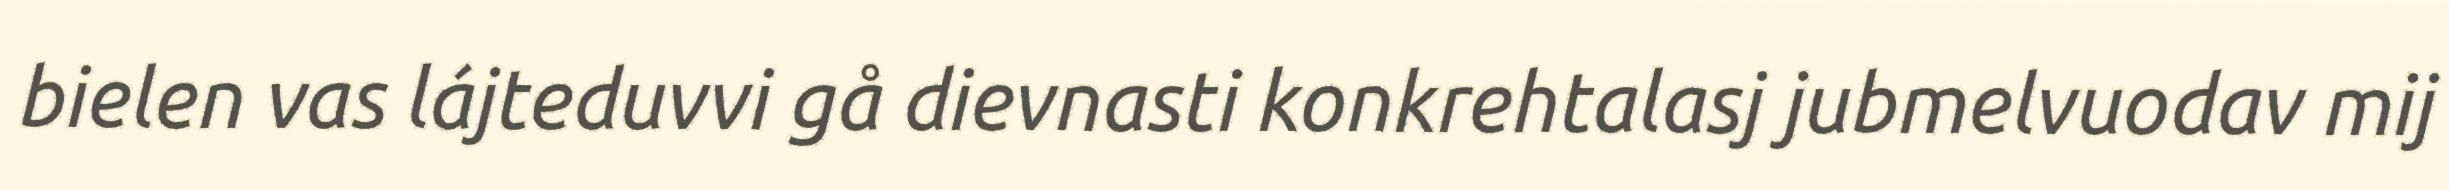
bielen vas lájteduvvi gå dievnasti konkrehtalasj jubmelvuodav mij